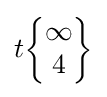
t{\begin{Bmatrix}\infty \\4\end{Bmatrix}}